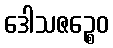
ဒေါသဇဉ္စေဝ